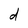
Character: d